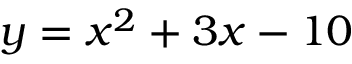
y = x ^ { 2 } + 3 x - 1 0